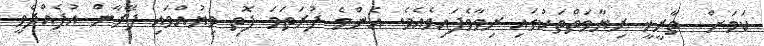
ކަމަށް  ތާރީޚީ ރިޔާވަތްތަކުގައި ރިވާވެފައިވެއެވެ. އެންމެ ފުރަތަމަ ފޮތި ވިޔުއްވައި ފޭރާން އުފެއްދެވީ